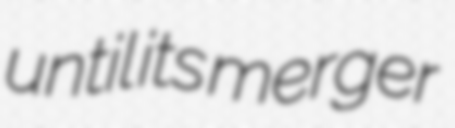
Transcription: until its merger